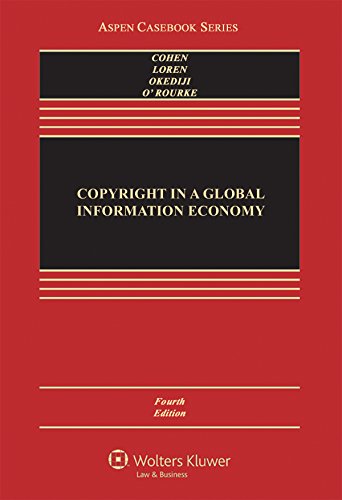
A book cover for Copyright in A Global Information Economy (Aspen Casebook); Julie E. Cohen; Law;